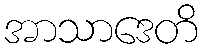
အာသာဒေတိ